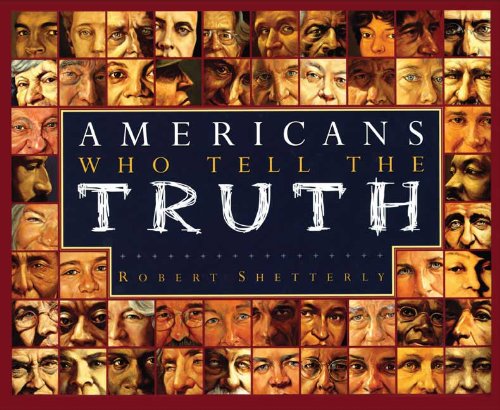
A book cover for Americans Who Tell the Truth; Robert Shetterly; Children's Books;